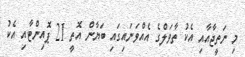
މި ނަތީޖާއާއި އެކު ތާވަލްގެ އެއްވަނައިގައި ބަޔާން އޮތީ 21 ޕޮއިންޓާއި އެކު